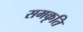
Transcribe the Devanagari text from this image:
समकृति